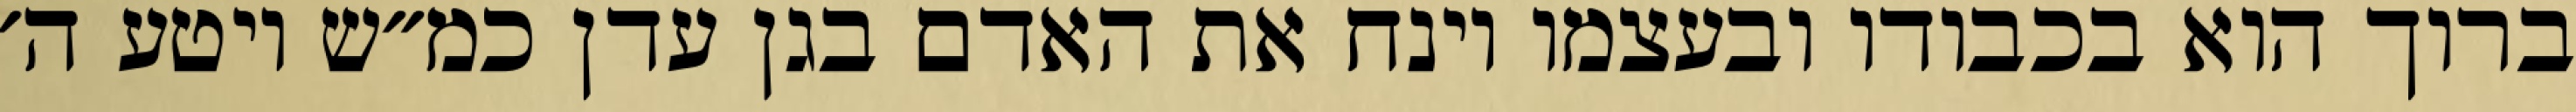
ברוך הוא בכבודו ובעצמו וינח את האדם בגן עדן כמ״ש ויטע ה׳